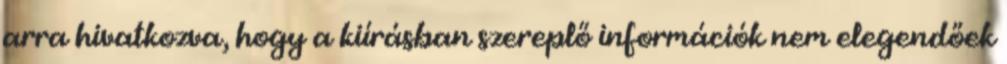
arra hivatkozva, hogy a kiírásban szereplő információk nem elegendőek